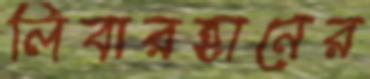
লিবারহানের